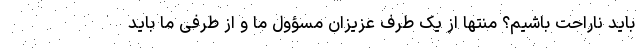
باید ناراحت باشیم؟ منتها از یک طرف عزیزان مسؤول ما و از طرفی ما باید